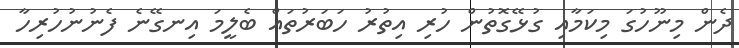
ދެން މިނޫހުގަ މިކަމާއި ގުޅޭގޮތުން ހުރި އިތުރު ހަބަރުތައް ބެލީމަ އިނގޭނެ ފެނުނުހުރިހާ